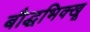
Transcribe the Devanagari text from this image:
बौद्धभिक्खू